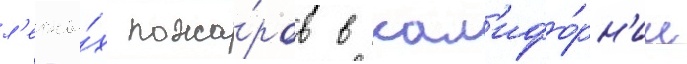
л'есны́х пожа́ров в кал'ифо́рн'ии